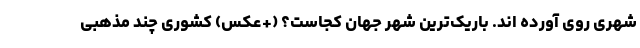
شهری روی آورده اند. باریک‌ترین شهر جهان کجاست؟ (+عکس) کشوری چند مذهبی